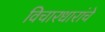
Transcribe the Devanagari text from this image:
विचारधारांचे